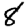
Digit: 8